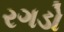
રગડો